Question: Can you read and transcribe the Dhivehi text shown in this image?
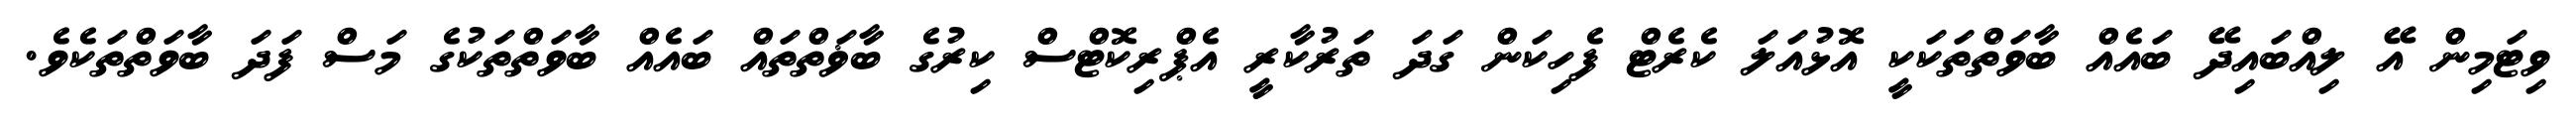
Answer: ވިޓަމިން އޭ ލިއްބައިދޭ ބައެއް ބާވަތްތަކަކީ އޮޅުއަލަ ކެރެޓް ފެހިކަން ގަދަ ތަރުކާރީ އެޕްރިކޮޓްސް ކިރުގެ ބާޥަތްތައް ބައެއް ބާވަތްތަކުގެ މަސް ފަދަ ބާވަތްތަކެވެ.